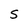
Character: S